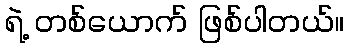
ရဲ့ တစ်ယောက် ဖြစ်ပါတယ်။